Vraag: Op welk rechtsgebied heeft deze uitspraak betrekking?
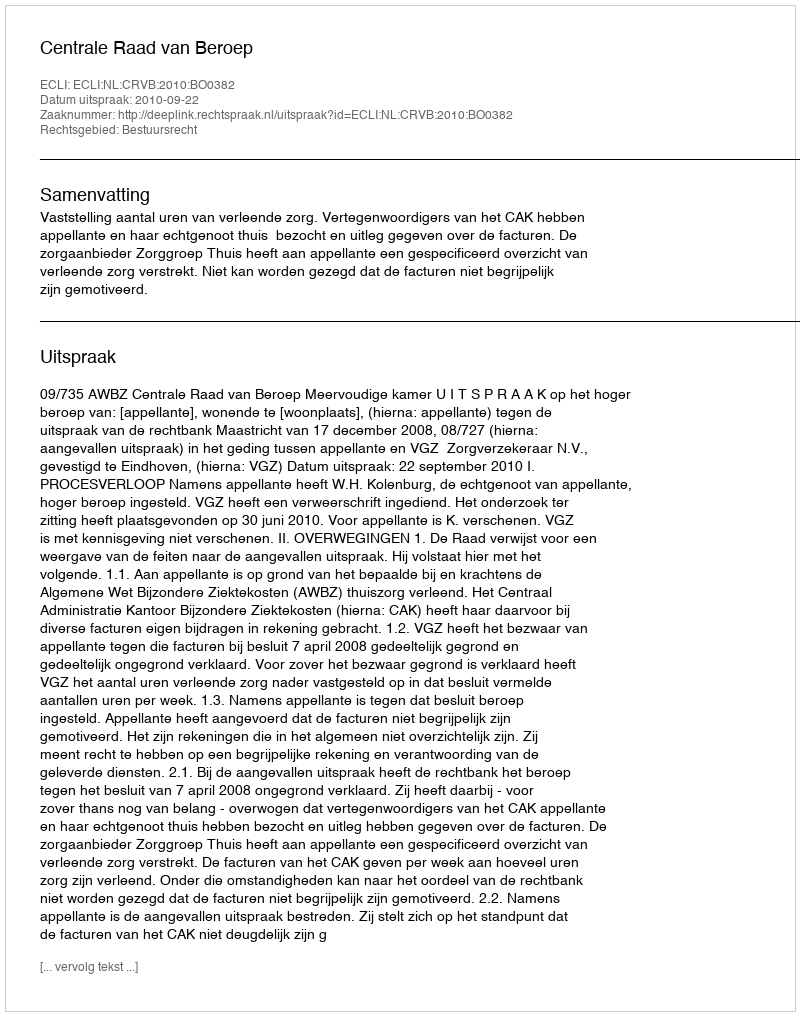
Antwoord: Bestuursrecht